system: You are a helpful assistant.
user:
Analyze the provided spectrum to determine if it is a **"Cataclysmic Variables (CV)"**.

- **Key Indicators for CV (Check for either state):**
    - **State 1: Quiescent / Low-State (Emission-Dominated)**
        - **(Primary):** Strong and *very broad* Hydrogen Balmer emission lines (e.g., $H\alpha$ at 6563 Å, $H\beta$ at 4861 Å). The 'broadness' (high velocity dispersion, often FWHM > 1000 km/s) is the key diagnostic, indicating a high-velocity accretion disk.
        - **(Secondary):** Broad neutral Helium (He I) emission lines (e.g., 5876 Å, 6678 Å).
        - **(Key Confirmation):** Presence of high-excitation *ionized* Helium (He II) emission at 4686 Å. This is a strong indicator of accretion onto a white dwarf.
        - **(Line Profile):** Emission lines may exhibit a 'double-peaked' profile, which is a classic signature of a rotating accretion disk viewed at high inclination.

    - **State 2: Outburst / High-State (Absorption-Dominated)**
        - **(Primary):** Spectrum is dominated by a bright, blue continuum (looks like a hot star).
        - **(Secondary):** The emission lines from State 1 are weak, absent, or 'filled in', and are replaced by broad, shallow *absorption* lines (primarily Balmer and He I).
        - **(Morphology):** The overall spectrum mimics a hot B/A-type star. The crucial difference is that the absorption lines are significantly broader, shallower, and more 'washed-out' (or 'smeared') than the sharp lines of a normal stellar photosphere, due to high rotational speeds and pressure broadening in the disk.

Think first, call **spectral_visualization_tool** if needed to examine features in detail, then provide your final answer. Your response must adhere to the following strict rules:
1.  **Overall Structure:** Your response must follow the format `<think>...</think> <tool_call>...</tool_call> (if a tool is used) <answer>...</answer>`.
2.  **Tool Usage Constraint:** You may only make **one** tool call per turn.
3.  **Final Answer Format:** In the `<answer>` tag, your conclusion must be inside a `\boxed{}` command (e.g., `\boxed{YES}`), followed by your justification.

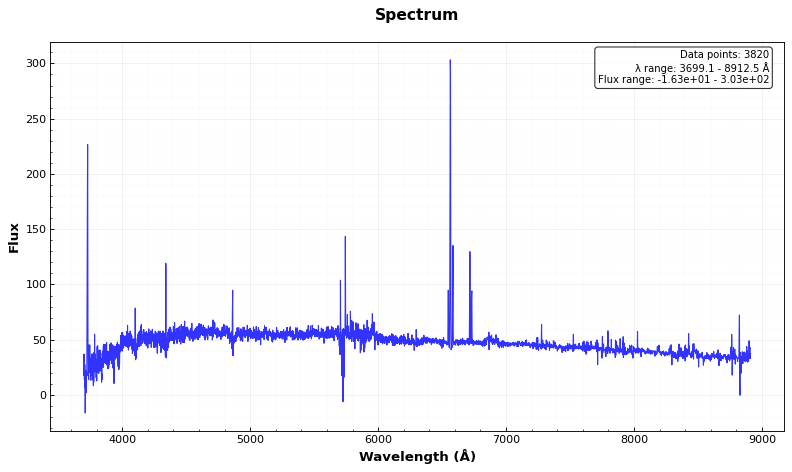
Answer: NO